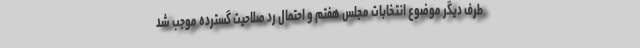
طرف دیگر موضوع انتخابات مجلس هفتم و احتمال رد صلاحیت گسترده موجب شد